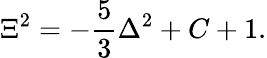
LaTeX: \Xi^{2}=-\frac{5}{3}\Delta^{2}+C+1.